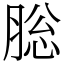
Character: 䐋